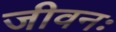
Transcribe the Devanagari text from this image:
जीवनः